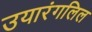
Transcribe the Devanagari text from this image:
उयारंगलिल